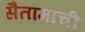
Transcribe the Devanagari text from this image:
सैतामाची